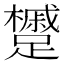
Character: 𨇌